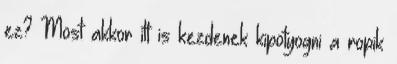
ez? Most akkor itt is kezdenek kipotyogni a ropik